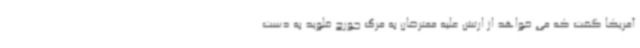
آمریکا گفت که می خواهد از ارتش علیه معترضان به مرگ جورج فلوید به دست